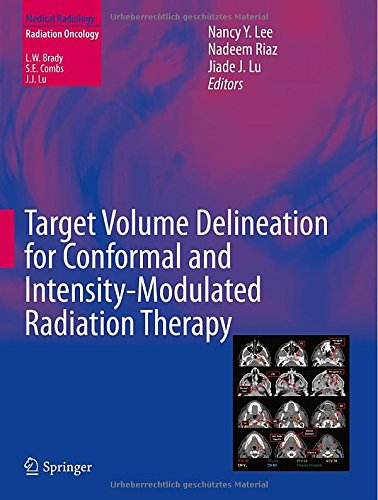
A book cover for Target Volume Delineation for Conformal and Intensity-Modulated Radiation Therapy (Medical Radiology); Engineering & Transportation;